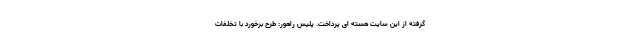
گرفته از این سایت هسته ای پرداخت. پلیس راهور: طرح برخورد با تخلفات